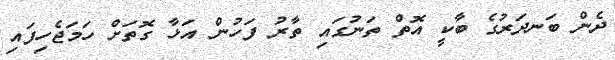
ދެން ބަނދަރުގެ ބާކީ އޮތް ތަނުގައި ތާރު ފަހުން އަޅާ ގޮތަށް ހަމަޖެހިފައި